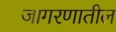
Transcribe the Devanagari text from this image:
जागरणातील